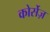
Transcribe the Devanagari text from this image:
कोर्सेज़